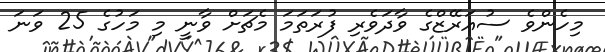
މިހެންވެ ސުއަރޭޒްގެ ވާދަވެރި ފުރަތަމަ މެޗަށް ވާނީ މި މަހުގެ 25 ވަނަ